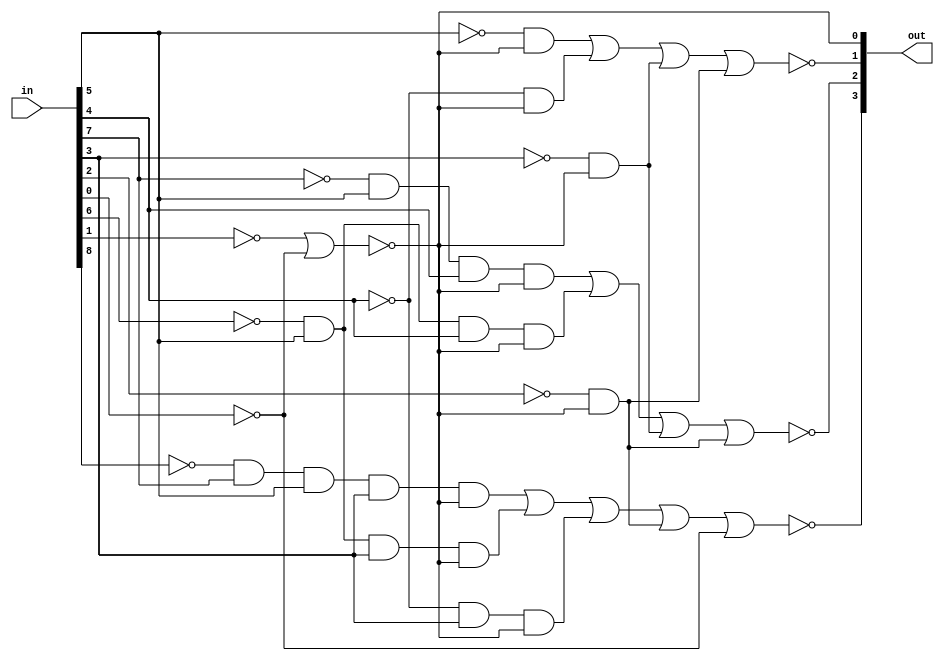
module encodeBcd10to4(in, out);
	input [0:8]in;
	output [0:3]out;
	wire and0out, and1out, and2out, and3out, and4out, and5out, and6out, and7out, and8out, and9out, and10out, and11out, and12out, nor0out;
	
	and
	andGate0(and0out, ~in[0], in[1], in[3], in[5], nor0out),
	andGate1(and1out, ~in[2], in[3], in[5], nor0out),
	andGate2(and2out, ~in[4], in[5], nor0out),
	andGate3(and3out, ~in[6], nor0out),
	andGate4(and4out, ~in[8]),
	andGate5(and5out, ~in[1], in[3], in[4], nor0out),
	andGate6(and6out, ~in[2], in[3], in[4], nor0out),
	andGate7(and7out, ~in[5], nor0out),
	andGate8(and8out, ~in[6], nor0out),
	andGate9(and9out, ~in[3], nor0out),
	andGate10(and10out, ~in[4], nor0out),
	andGate11(and11out, ~in[5], nor0out),
	andGate12(and12out, ~in[6], nor0out);
	
	nor
	norGate0(nor0out, ~in[7], ~in[8]),
	norGate1(out[0], and0out, and1out, and2out, and3out, and4out),
	norGate2(out[1], and5out, and6out, and7out, and8out),
	norGate3(out[2], and9out, and10out, and11out, and12out);
	
	assign out[3] = nor0out;
	
	endmodule